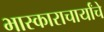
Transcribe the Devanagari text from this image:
भास्काराचार्यांचे